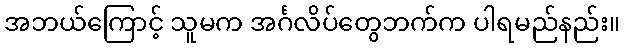
အဘယ်ကြောင့် သူမက အင်္ဂလိပ်တွေဘက်က ပါရမည်နည်း။